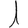
Digit: 1